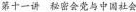
第十一讲 秘密会觉与中国社会